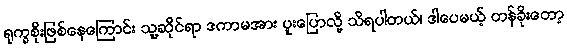
ရုက္ခစိုးဖြစ်နေကြောင်း သူ့ဆိုင်ရာ ဒကာမအား ပူးပြောလို့ သိရပါတယ်၊ ဒါပေမယ့် တန်ခိုးတော့